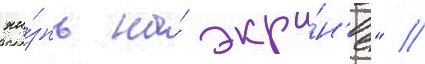
жи́знь на́ экра́н'е" //